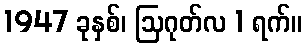
1947 ခုနှစ်၊ ဩဂုတ်လ 1 ရက်။